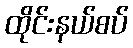
ထိုင်းနယ်စပ်